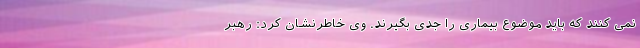
نمی کنند که باید موضوع بیماری را جدی بگیرند. وی خاطرنشان کرد: رهبر